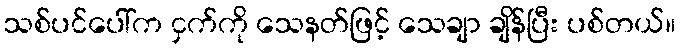
သစ်ပင်ပေါ်က ငှက်ကို သေနတ်ဖြင့် သေချာ ချိန်ပြီး ပစ်တယ်။